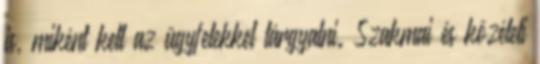
is, miként kell az ügyfelekkel tárgyalni. Szakmai és közéleti